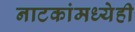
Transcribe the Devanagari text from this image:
नाटकांमध्येही